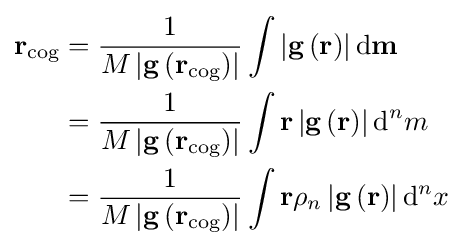
{\begin{aligned}\mathbf {r} _{\mathrm {cog} }&={\frac {1}{M\left|\mathbf {g} \left(\mathbf {r} _{\mathrm {cog} }\right)\right|}}\int \left|\mathbf {g} \left(\mathbf {r} \right)\right|\mathrm {d} \mathbf {m} \\&={\frac {1}{M\left|\mathbf {g} \left(\mathbf {r} _{\mathrm {cog} }\right)\right|}}\int \mathbf {r} \left|\mathbf {g} \left(\mathbf {r} \right)\right|\mathrm {d} ^{n}m\\&={\frac {1}{M\left|\mathbf {g} \left(\mathbf {r} _{\mathrm {cog} }\right)\right|}}\int \mathbf {r} \rho _{n}\left|\mathbf {g} \left(\mathbf {r} \right)\right|\mathrm {d} ^{n}x\end{aligned}}\,\!